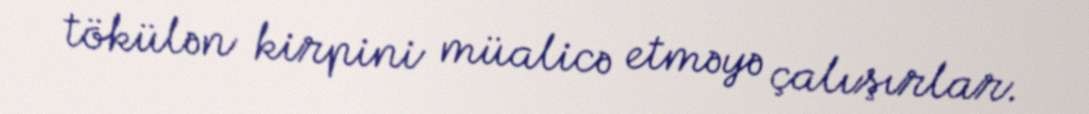
tökülən kirpini müalicə etməyə çalışırlar.